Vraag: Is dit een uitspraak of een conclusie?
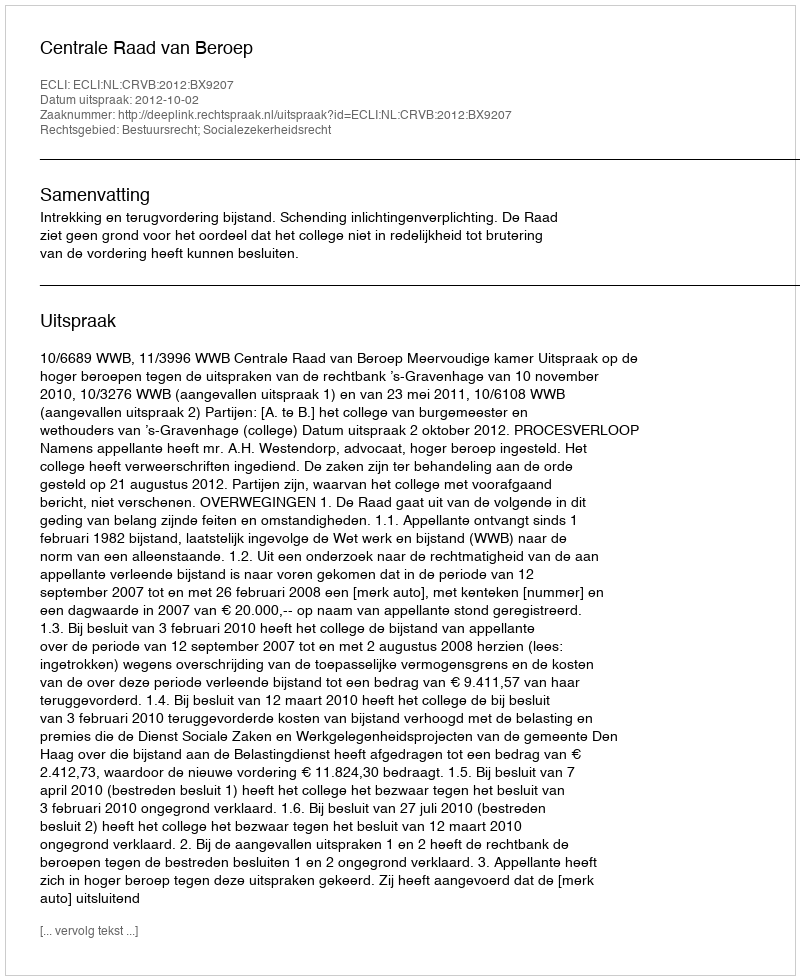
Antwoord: Uitspraak